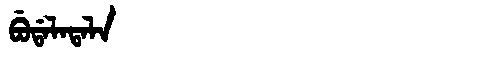
Manchu: ᠪᡠᡩᠠᠯᠠᡨᠠᠯᠠ
Romanization: BUDALATALA